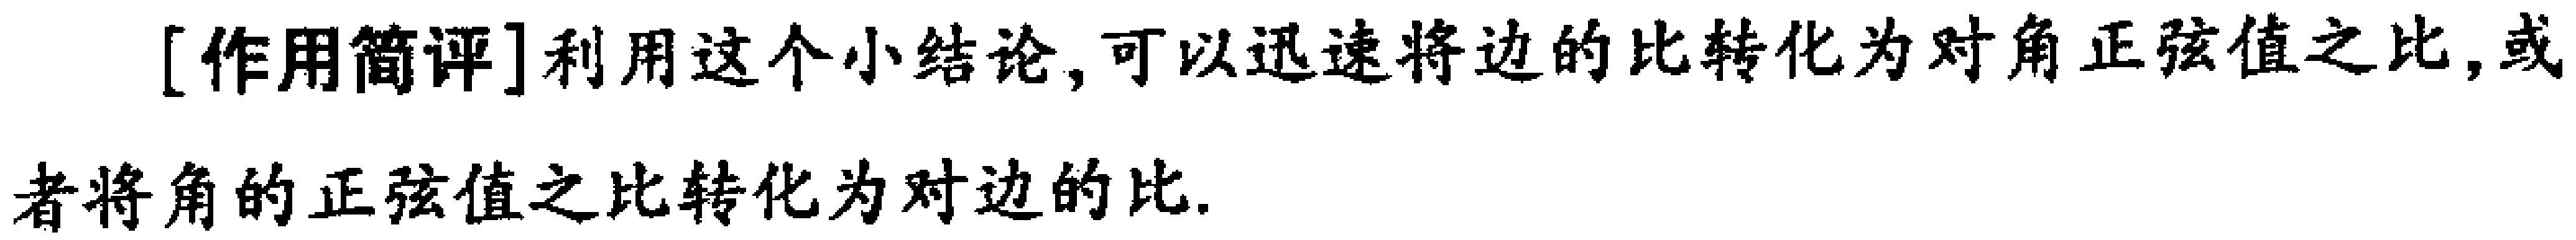
[作用简评]利用这个小结论,可以迅速将边的比转化为对角正弦值之比,或者将角的正弦值之比转化为对边的比.